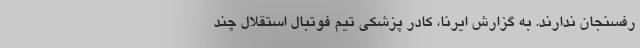
رفسنجان ندارند. به گزارش ایرنا، کادر پزشکی تیم فوتبال استقلال چند